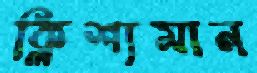
ক্লিশ্যমান